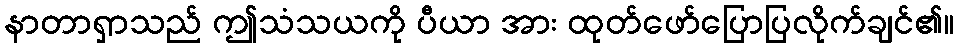
နာတာရှာသည် ဤသံသယကို ပီယာ အား ထုတ်ဖော်ပြောပြလိုက်ချင်၏။